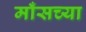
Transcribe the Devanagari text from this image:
माँसच्या